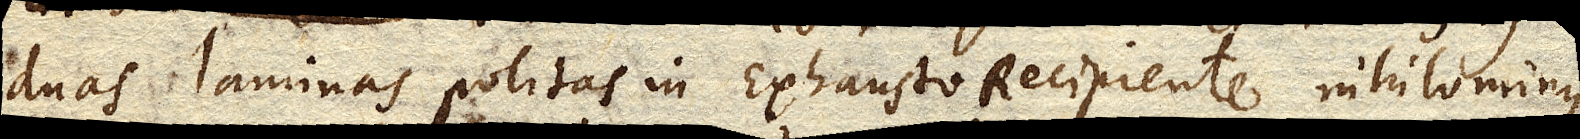
duas laminas politas in exhausto Recipiente nihilominus